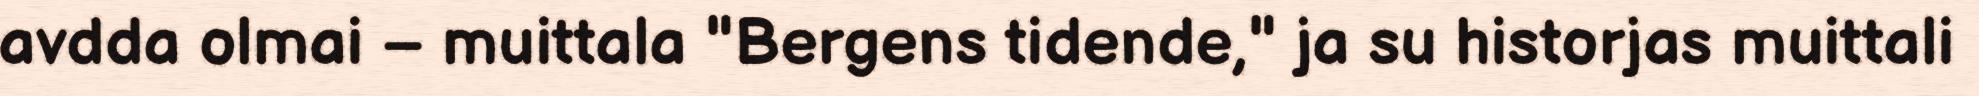
avdda olmai – muittala "Bergens tidende," ja su historjas muittali